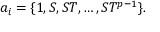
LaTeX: a _ { i } = \{ 1 , S , S T , \dots , S T ^ { p - 1 } \} .